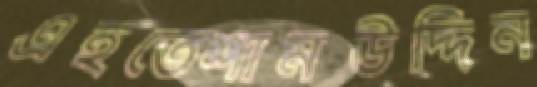
এহতেশামউদ্দিন